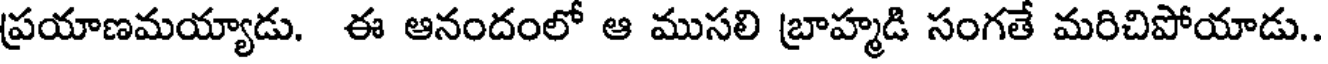
ప్రయాణమయ్యాడు. ఈ ఆనందంలో ఆ ముసలి బ్రాహ్మడి సంగతే మరిచిపోయాడు..